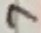
Text: 7